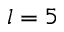
l = 5